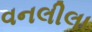
વનલીલા